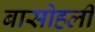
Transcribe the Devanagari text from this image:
बासोहली